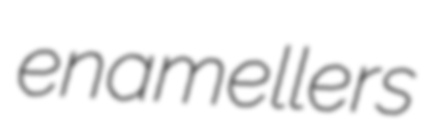
enamellers